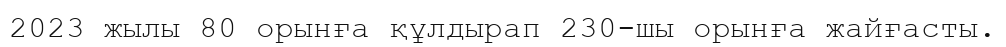
2023 жылы 80 орынға құлдырап 230-шы орынға жайғасты.